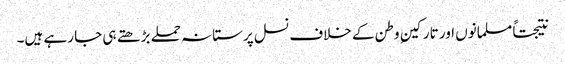
نتیجتاً مسلمانوں اور تارکینِ وطن کے خلاف نسل پرستانہ حملے بڑھتے ہی جا رہے ہیں۔